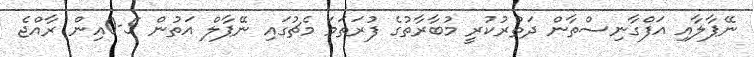
ނޭޕާލާއި އަފްގާނިސްތާން ދަތުރުކުރީ މުބާރާތުގެ ފުރަތަމަ މެޗުގައި ނޭޕާލް އަތުން 5-0އިން ރާއްޖެ